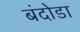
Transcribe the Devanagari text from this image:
बंदोडा